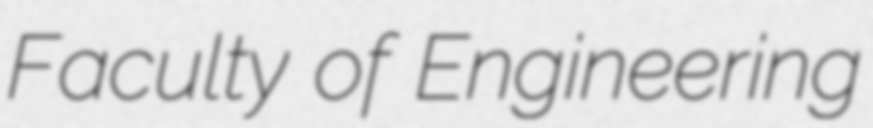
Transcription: Faculty of Engineering